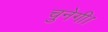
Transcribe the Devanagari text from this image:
चुनेगी।